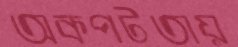
অকপটতায়